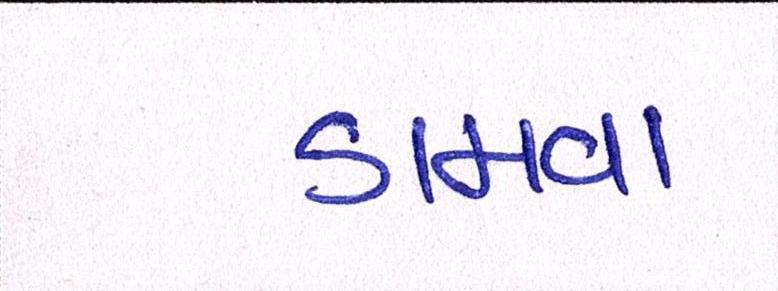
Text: ડામવા